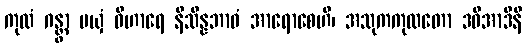
ကုလံ ဂန္တွာ မယှံ ဝိဟာရေ နိသိန္နဘာဝံ အာရောစေဟိ၊ အသုကကုလတော ဒဓိအာဒီနိ